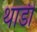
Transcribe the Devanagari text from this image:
थांडी